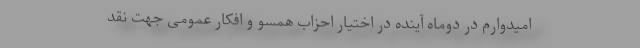
امیدوارم در دوماه آینده در اختیار احزاب همسو و افکار عمومی جهت نقد